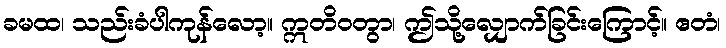
ခမထ၊ သည်းခံပါကုန်လော့။ ဣတိဝတွာ၊ ဤသို့လျှောက်ခြင်းကြောင့်။ ဧတံ၊